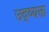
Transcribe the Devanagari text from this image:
उद्व्यक्त